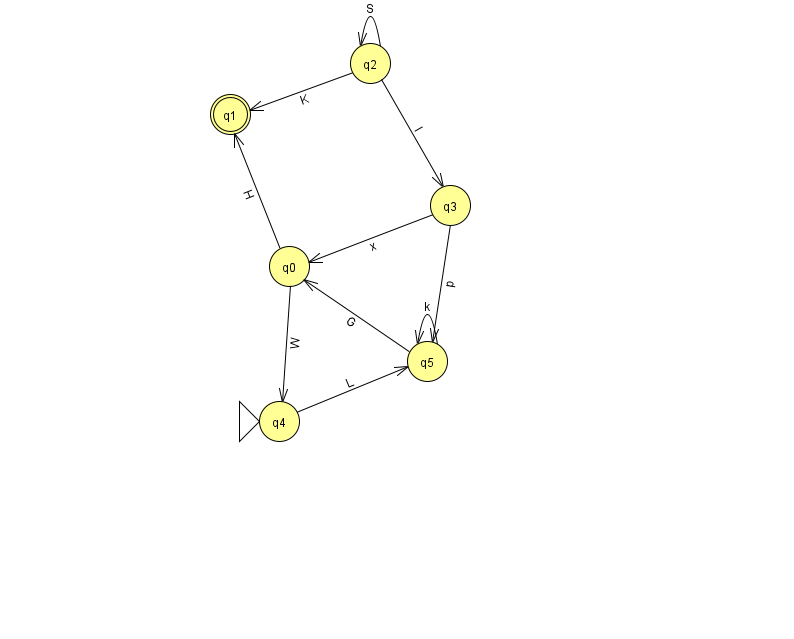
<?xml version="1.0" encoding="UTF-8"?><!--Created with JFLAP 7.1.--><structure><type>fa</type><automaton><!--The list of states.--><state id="0" name="q0"><x>289.0</x><y>253.0</y></state><state id="1" name="q1"><x>230.0</x><y>101.0</y><final/></state><state id="2" name="q2"><x>370.0</x><y>50.0</y></state><state id="3" name="q3"><x>450.0</x><y>192.0</y></state><state id="4" name="q4"><x>279.0</x><y>408.0</y><initial/></state><state id="5" name="q5"><x>427.0</x><y>348.0</y></state><!--The list of transitions.--><transition><from>0</from><to>4</to><read>W</read></transition><transition><from>2</from><to>2</to><read>S</read></transition><transition><from>5</from><to>0</to><read>G</read></transition><transition><from>3</from><to>0</to><read>x</read></transition><transition><from>2</from><to>1</to><read>K</read></transition><transition><from>4</from><to>5</to><read>L</read></transition><transition><from>0</from><to>1</to><read>H</read></transition><transition><from>5</from><to>5</to><read>k</read></transition><transition><from>2</from><to>3</to><read>l</read></transition><transition><from>3</from><to>5</to><read>p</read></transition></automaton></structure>